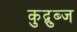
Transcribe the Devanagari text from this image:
कुद्बुब्ज